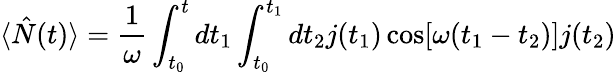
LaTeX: \langle\hat{N}(t)\rangle=\frac{1}{\omega}\int_{t_{0}}^{t}dt_{1}\int_{t_{0}}^{t_{1}}dt_{2}j(t_{1})\cos[\omega(t_{1}-t_{2})]j(t_{2})